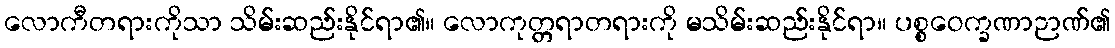
လောကီတရားကိုသာ သိမ်းဆည်းနိုင်ရာ၏။ လောကုတ္တရာတရားကို မသိမ်းဆည်းနိုင်ရာ။ ပစ္စဝေက္ခဏာဉာဏ်၏